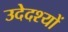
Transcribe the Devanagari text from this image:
उदेदश्यों